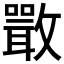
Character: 𣀌